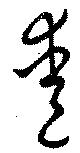
愛